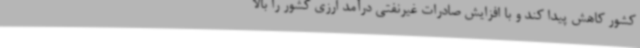
کشور کاهش پیدا کند و با افزایش صادرات غیرنفتی درآمد ارزی کشور را بالا